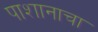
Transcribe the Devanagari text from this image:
पाशानाचा